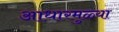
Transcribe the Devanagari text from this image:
आधारमुळ्या